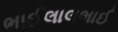
ભાઈલાલભાઈ